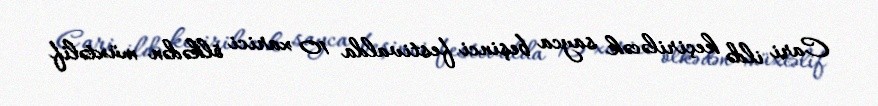
Cari ildə keçiriləcək sayca beşinci festivalda 10 xarici ölkədən müxtəlif